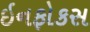
ઇનફોકસ